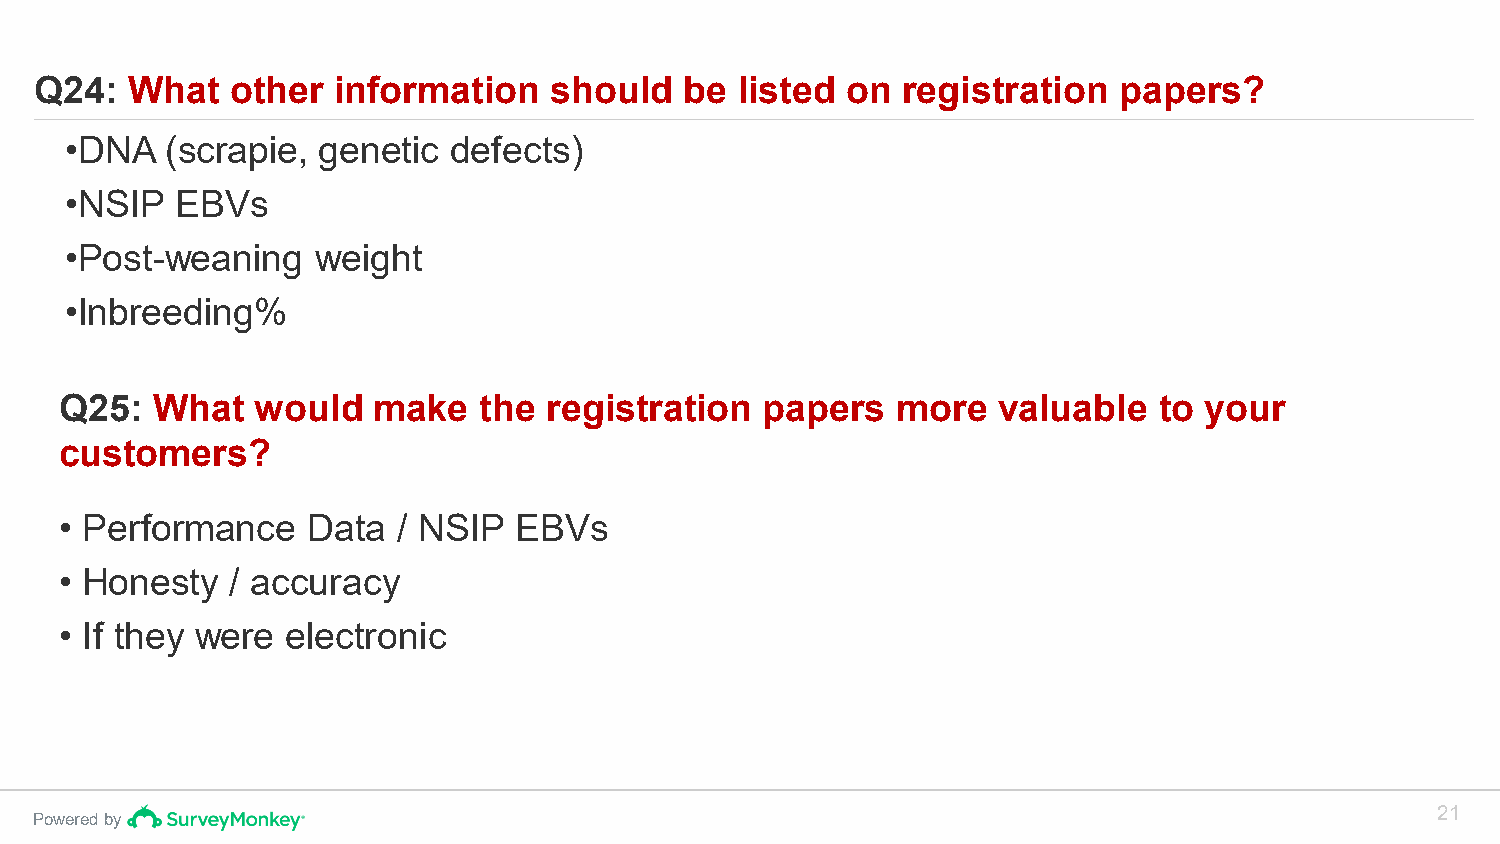
Q24:  What   other  information   should   be  listed on  registration  papers?
 •DNA   (scrapie, genetic  defects)
 •NSIP   EBVs
 •Post-weaning    weight
 •Inbreeding%
 Q25:  What   would   make   the registration   papers  more   valuable   to your
 customers?
 • Performance   Data  / NSIP  EBVs
 • Honesty  / accuracy
 • If they were electronic
 21
 Powered by